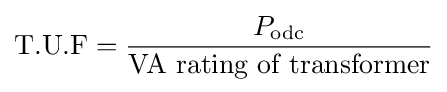
{\text{T.U.F}}={\frac {P_{\text{odc}}}{\text{VA rating of transformer}}}